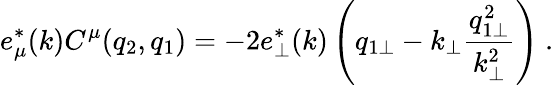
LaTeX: e_{\mu}^{*}(k)C^{\mu}(q_{2},q_{1})=-2e_{\perp}^{*}(k)\left(q_{1\perp}-k_{\perp}\frac{q_{1\perp}^{2}}{k_{\perp}^{2}}\right)~.